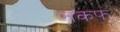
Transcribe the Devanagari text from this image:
नकफ